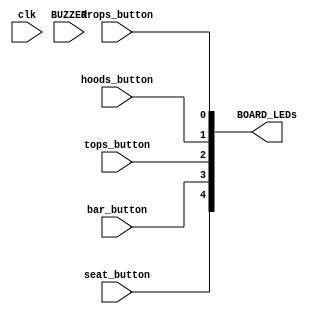
module position_demo 
(
	input wire clk,
	input wire drops_button,
	input wire hoods_button, 
	input wire tops_button,
	input wire bar_button,
	input wire seat_button,
	input wire BUZZER,
	output wire [4:0] BOARD_LEDs
);

	reg drops, hoods, tops, bar, seat;
	buzzer_pwm b_p(seat, clk, BUZZER);
	initial begin
		drops <= 0;
		hoods <= 0;
		tops <= 0;
		bar <= 0;
		seat <= 0;
	end
	
	always @(*)begin
		drops = drops_button;
		hoods = hoods_button;
		tops = tops_button;
		bar = bar_button;
		seat = seat_button;
	end
	
	assign BOARD_LEDs[0] = drops;
	assign BOARD_LEDs[1] = hoods;
	assign BOARD_LEDs[2] = tops;
	assign BOARD_LEDs[3] = bar;
	assign BOARD_LEDs[4] = seat;
endmodule

module buzzer_pwm (
	input wire active,
	input wire clk, // 50MHz input clock
	output wire BUZZER //PIN_U13 -> D5
	);
	reg [31:0] buzzer_signal;
	reg [31:0] cnt; // 32-bit counter
	reg clk_enabler = 0;
	reg test = 0;
initial begin
cnt <= 32'h00000000; // start at zero
buzzer_signal <= 32'd0;
end

always @(posedge clk) begin
	cnt <= cnt + 1; // count up
	
	if (active) begin
		buzzer_signal <= cnt[16];
	end else begin
		buzzer_signal <= 32'd0;
	end
end

assign BUZZER = buzzer_signal;
endmodule